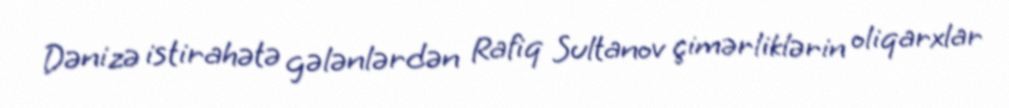
Dənizə istirahətə gələnlərdən Rafiq Sultanov çimərliklərin oliqarxlar